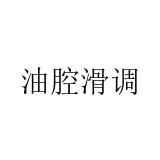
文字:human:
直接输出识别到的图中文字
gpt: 油腔滑调